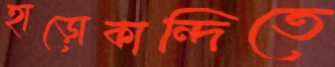
হাড়োকান্দিতে